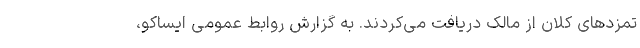
تمزدهای کلان از مالک دریافت می‌کردند. به گزارش روابط عمومی ایساکو،